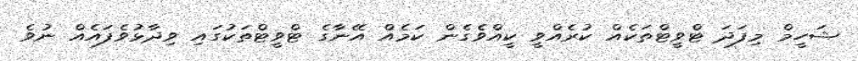
ޝަހީމް މިފަދަ ޓްވީޓްތަކެއް ކުރެއްވީ ކީއްވެގެން ކަމެއް އޭނާގެ ޓްވީޓްތަކުގައި ވިދާޅުވެފައެއް ނުވެ